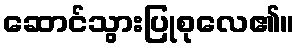
ဆောင်သွားပြုစုလေ၏။